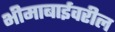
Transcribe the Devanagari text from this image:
भीमाबाईवरील